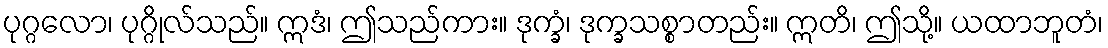
ပုဂ္ဂလော၊ ပုဂ္ဂိုလ်သည်။ ဣဒံ၊ ဤသည်ကား။ ဒုက္ခံ၊ ဒုက္ခသစ္စာတည်း။ ဣတိ၊ ဤသို့။ ယထာဘူတံ၊